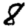
Digit: 8